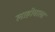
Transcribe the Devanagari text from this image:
लाहोबाला